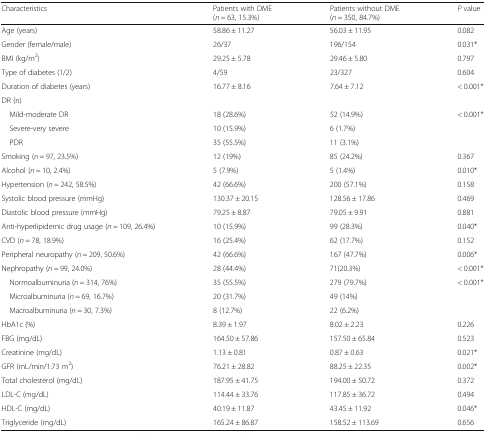
<table><thead><tr><td><b>Characteristics</b></td><td><b>Patients with DME(<i>n</i> = 63, 15.3%)</b></td><td><b>Patients without DME(<i>n</i> = 350, 84.7%)</b></td><td><b><i>P</i> value</b></td></tr></thead><tbody><tr><td>Age (years)</td><td>58.86 ± 11.27</td><td>56.03 ± 11.95</td><td>0.082</td></tr><tr><td>Gender (female/male)</td><td>26/37</td><td>196/154</td><td>0.031*</td></tr><tr><td>BMI (kg/m<sup>2</sup>)</td><td>29.25 ± 5.78</td><td>29.46 ± 5.80</td><td>0.797</td></tr><tr><td>Type of diabetes (1/2)</td><td>4/59</td><td>23/327</td><td>0.604</td></tr><tr><td>Duration of diabetes (years)</td><td>16.77 ± 8.16</td><td>7.64 ± 7.12</td><td>&lt; 0.001*</td></tr><tr><td colspan="4">DR (n)</td></tr><tr><td> Mild-moderate DR</td><td>18 (28.6%)</td><td>52 (14.9%)</td><td rowspan="3">&lt; 0.001*</td></tr><tr><td> Severe-very severe</td><td>10 (15.9%)</td><td>6 (1.7%)</td></tr><tr><td> PDR</td><td>35 (55.5%)</td><td>11 (3.1%)</td></tr><tr><td>Smoking (<i>n</i> = 97, 23.5%)</td><td>12 (19%)</td><td>85 (24.2%)</td><td>0.367</td></tr><tr><td>Alcohol (<i>n</i> = 10, 2.4%)</td><td>5 (7.9%)</td><td>5 (1.4%)</td><td>0.010*</td></tr><tr><td>Hypertension (<i>n</i> = 242, 58.5%)</td><td>42 (66.6%)</td><td>200 (57.1%)</td><td>0.158</td></tr><tr><td>Systolic blood pressure (mmHg)</td><td>130.37 ± 20.15</td><td>128.56 ± 17.86</td><td>0.469</td></tr><tr><td>Diastolic blood pressure (mmHg)</td><td>79.25 ± 8.87</td><td>79.05 ± 9.91</td><td>0.881</td></tr><tr><td>Anti-hyperlipidemic drug usage (<i>n</i> = 109, 26.4%)</td><td>10 (15.9%)</td><td>99 (28.3%)</td><td>0.040*</td></tr><tr><td>CVD (<i>n</i> = 78, 18.9%)</td><td>16 (25.4%)</td><td>62 (17.7%)</td><td>0.152</td></tr><tr><td>Peripheral neuropathy (<i>n</i> = 209, 50.6%)</td><td>42 (66.6%)</td><td>167 (47.7%)</td><td>0.006*</td></tr><tr><td>Nephropathy (<i>n</i> = 99, 24.0%)</td><td>28 (44.4%)</td><td>71(20.3%)</td><td>&lt; 0.001*</td></tr><tr><td> Normoalbuminuria (<i>n</i> = 314, 76%)</td><td>35 (55.5%)</td><td>279 (79.7%)</td><td rowspan="3">&lt; 0.001*</td></tr><tr><td> Microalbuminuria (<i>n</i> = 69, 16.7%)</td><td>20 (31.7%)</td><td>49 (14%)</td></tr><tr><td> Macroalbuminuria (<i>n</i> = 30, 7.3%)</td><td>8 (12.7%)</td><td>22 (6.2%)</td></tr><tr><td>HbA1c (%)</td><td>8.39 ± 1.97</td><td>8.02 ± 2.23</td><td>0.226</td></tr><tr><td>FBG (mg/dL)</td><td>164.50 ± 57.86</td><td>157.50 ± 65.84</td><td>0.523</td></tr><tr><td>Creatinine (mg/dL)</td><td>1.13 ± 0.81</td><td>0.87 ± 0.63</td><td>0.021*</td></tr><tr><td>GFR (mL/min/1.73 m<sup>2</sup>)</td><td>76.21 ± 28.82</td><td>88.25 ± 22.35</td><td>0.002*</td></tr><tr><td>Total cholesterol (mg/dL)</td><td>187.95 ± 41.75</td><td>194.00 ± 50.72</td><td>0.372</td></tr><tr><td>LDL-C (mg/dL)</td><td>114.44 ± 33.76</td><td>117.85 ± 36.72</td><td>0.494</td></tr><tr><td>HDL-C (mg/dL)</td><td>40.19 ± 11.87</td><td>43.45 ± 11.92</td><td>0.046*</td></tr><tr><td>Triglyceride (mg/dL)</td><td>165.24 ± 86.87</td><td>158.52 ± 113.69</td><td>0.656</td></tr></tbody></table>